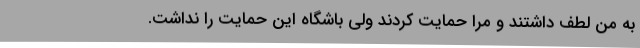
به من لطف داشتند و مرا حمایت کردند ولی باشگاه این حمایت را نداشت.